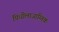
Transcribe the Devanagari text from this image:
पिधीलाजाग्तिक